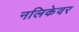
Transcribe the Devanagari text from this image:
नलिकेवर